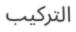
التركيب